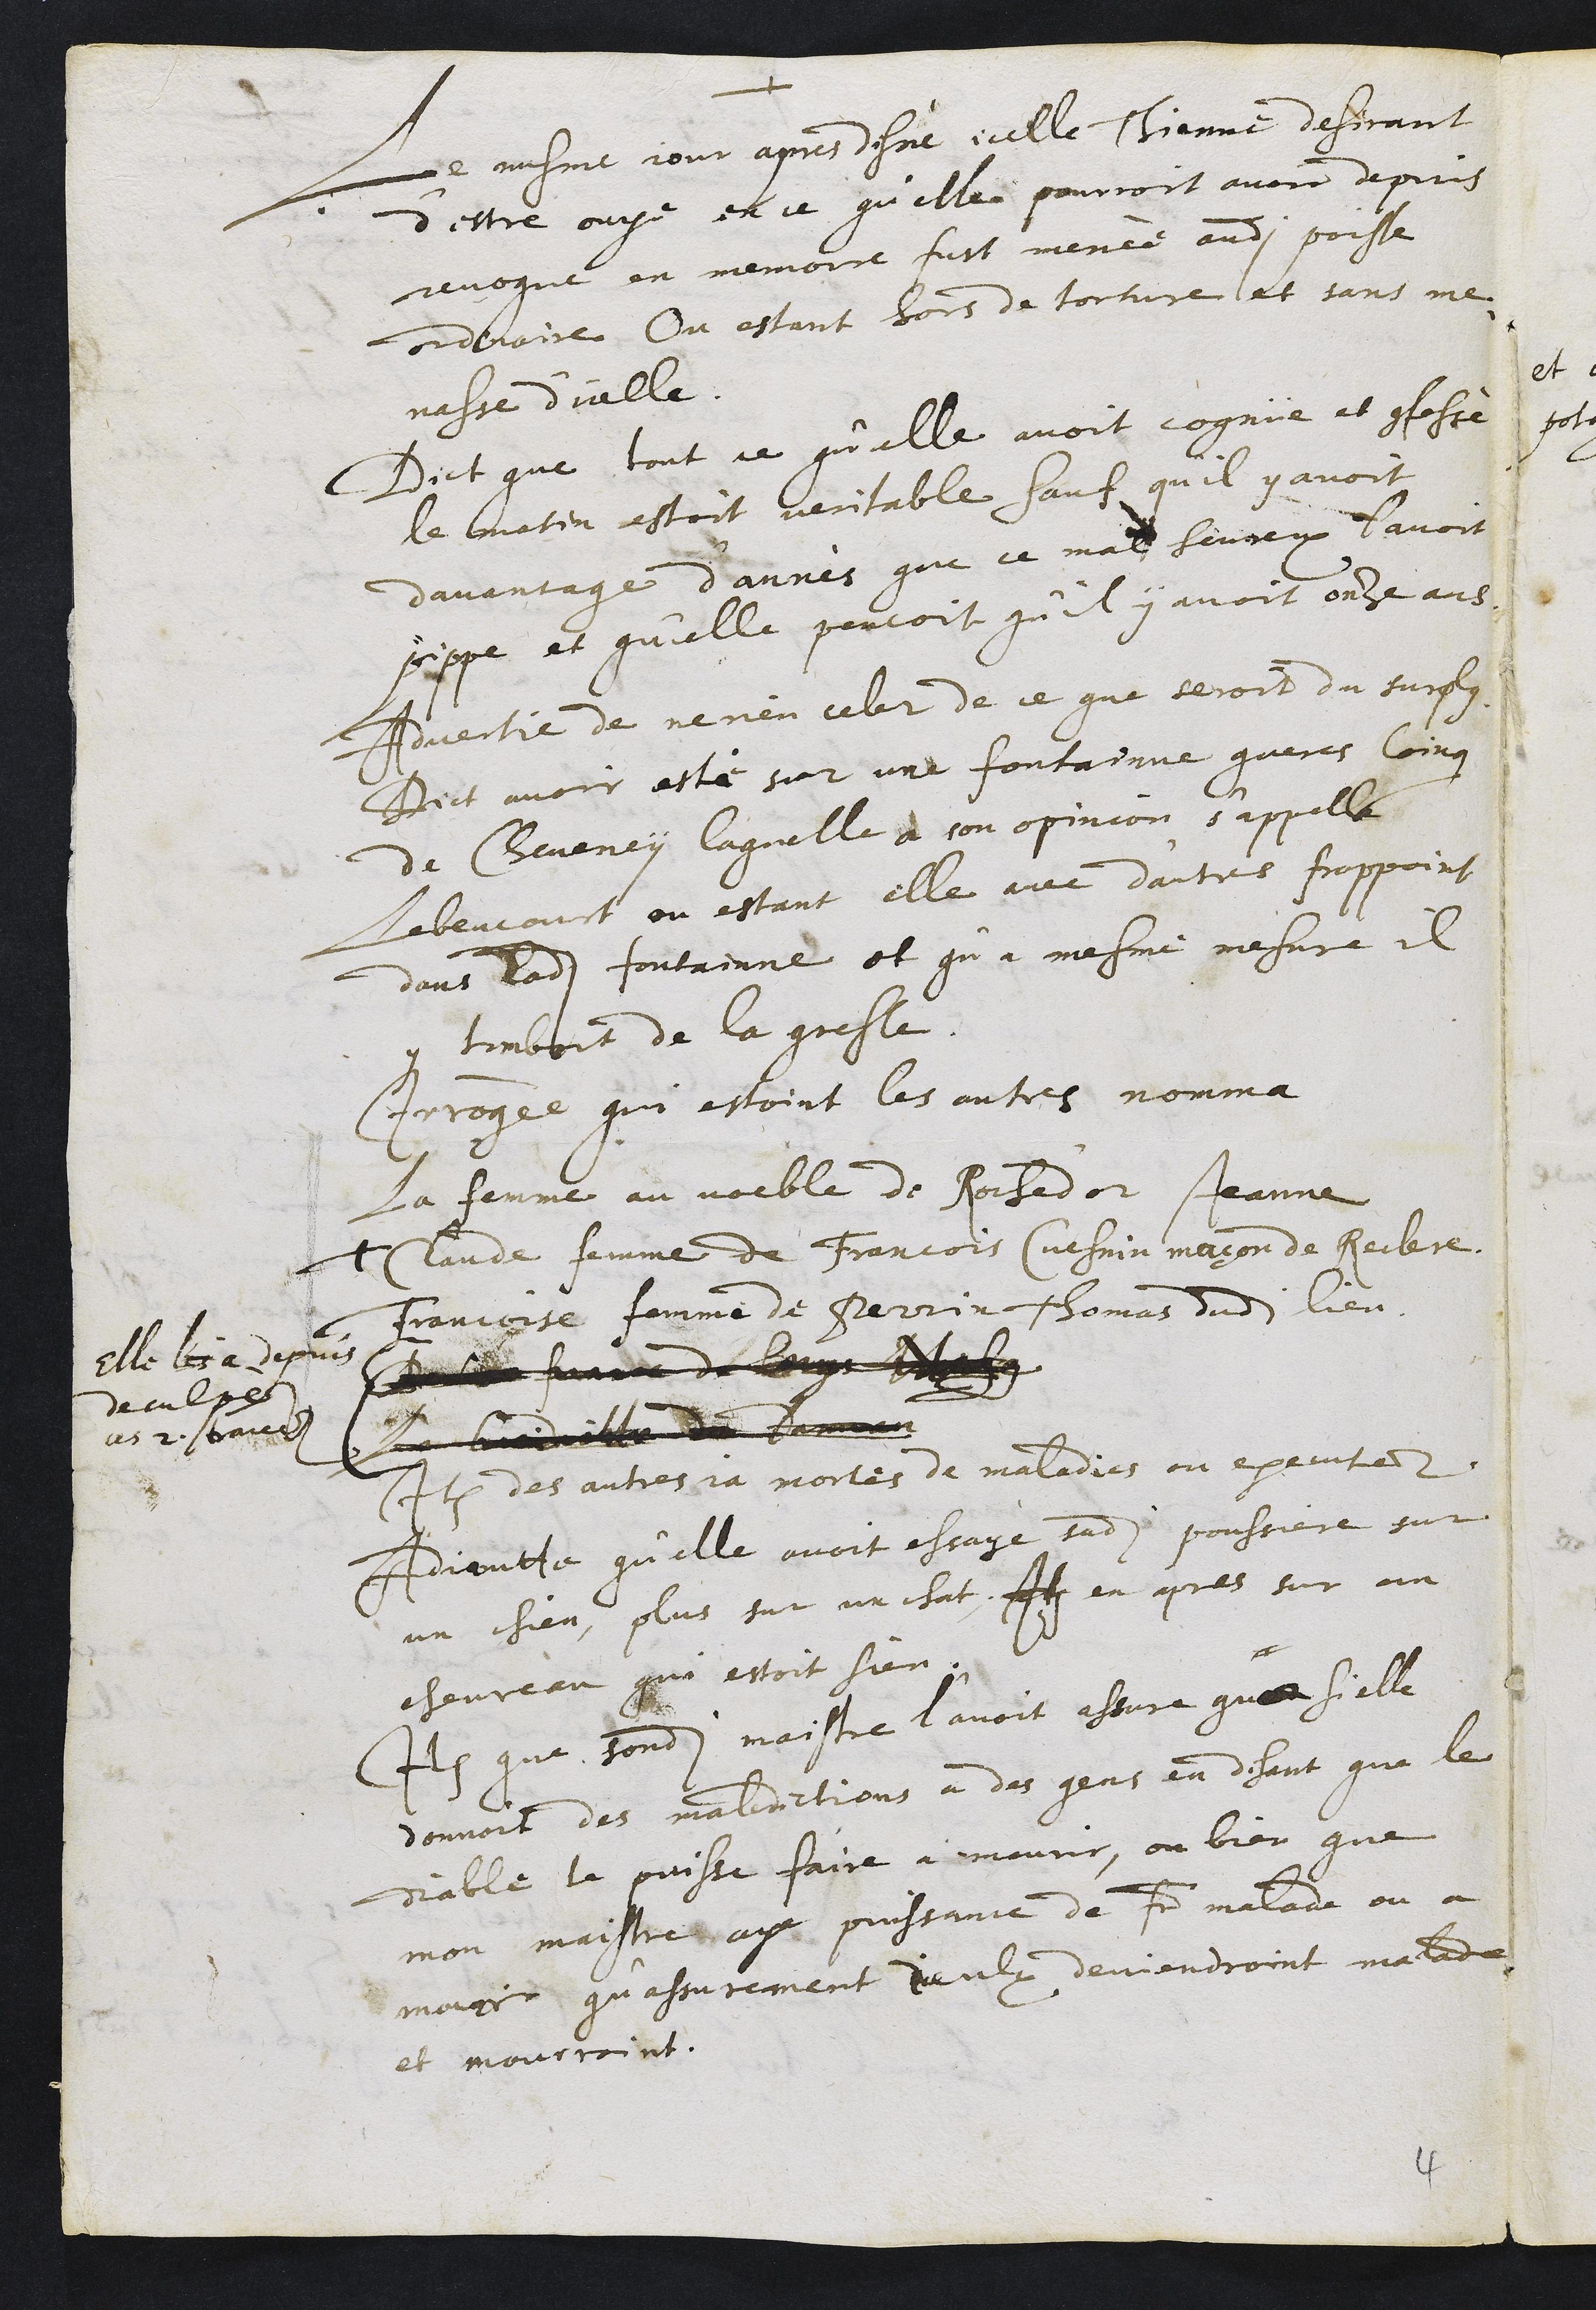
+
Le mesme jour apres disné, icelle Thienne desirant
d’estre ouye en ce qu'elle pourroit avoir depuis
revoque en memoire fust menée audit poisle
ordinaire Ou estant hors de torture et sans me¬
nasse d'icelle.
Dict que tout ce qu'elle avoit cognüe et confessé
le matin estoit veritable sauf qu’il y avoit
davantage d'annés que ce malheureux l’avoit
pippe et qu'elle pencoit qu’il y avoit onze ans,
Advertie de ne rien celer de ce que seroit du surplus
Dict avoir esté sur une fontainne gueres loing
de Cheveney laquelle à son opinion s'appelle
Lebencourt ou estant elle avec d'autres frappoint
dans ladite fontainne et qu'a mesme mesure il
y tomboit de la gresle.
Interrogée qui estoint les autres nomma
la femme au voeble de Roched'or Jeanne
Claude femme de Francois Cuesnin maçon de Reclere.
Francoise femme de Perrin Thomas dudit lieu
Denise femme de longt Mahug
La baidiatte de damvan
Elle les a depuis
deculpés
Le 2 barres
Item des autres ja mortes de maladies ou executees.
Adjoutte qu'elle avoit essayé sadite poussiere sur
un chien, plus sur un chat. Item en apres sur un
chevreau qui estoit sien.
Item que sondit maistre l’avoit assure que si elle
donnoit des maledictions a des gens en disant que le
diable le puisse faire a mourir, ou bien que
mon maistre aye puissance de faire malade ou a
mourir qu’assurement Iceulx deviendroint malade
et mourroint.

4